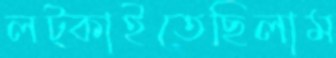
লট্‌কাইতেছিলাম